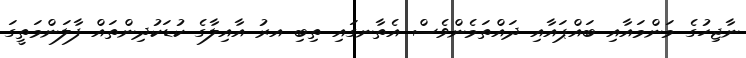
ނާޖިހުގެ މަންމައާއި ބައްޕައާއި ދައްތަމެންވެސް އެތާނގައި ތިބި އރު އާއިލާގެ ކުޑަކުދިންތައް ފާލަންމަތީގަ